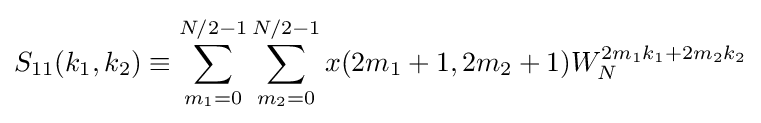
S_{11}(k_{1},k_{2})\equiv \sum _{m_{1}=0}^{N/2-1}\sum _{m_{2}=0}^{N/2-1}x(2m_{1}+1,2m_{2}+1)W_{N}^{2m_{1}k_{1}+2m_{2}k_{2}}